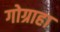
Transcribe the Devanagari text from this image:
गोग्राहा